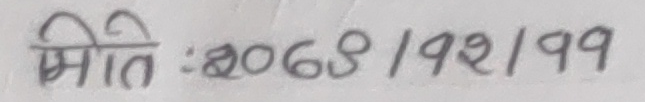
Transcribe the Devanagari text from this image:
मिति : २०६९/१२/१९